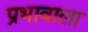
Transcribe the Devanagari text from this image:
प्रभावाला